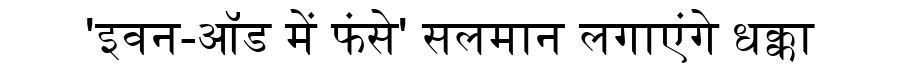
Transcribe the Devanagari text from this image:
'इवन-ऑड में फंसे' सलमान लगाएंगे धक्का